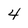
Character: 4